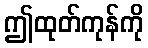
ဤထုတ်ကုန်ကို